65_HS1-834228961_62-HQ-83894_Section_9
Agency: FBI
Page 200
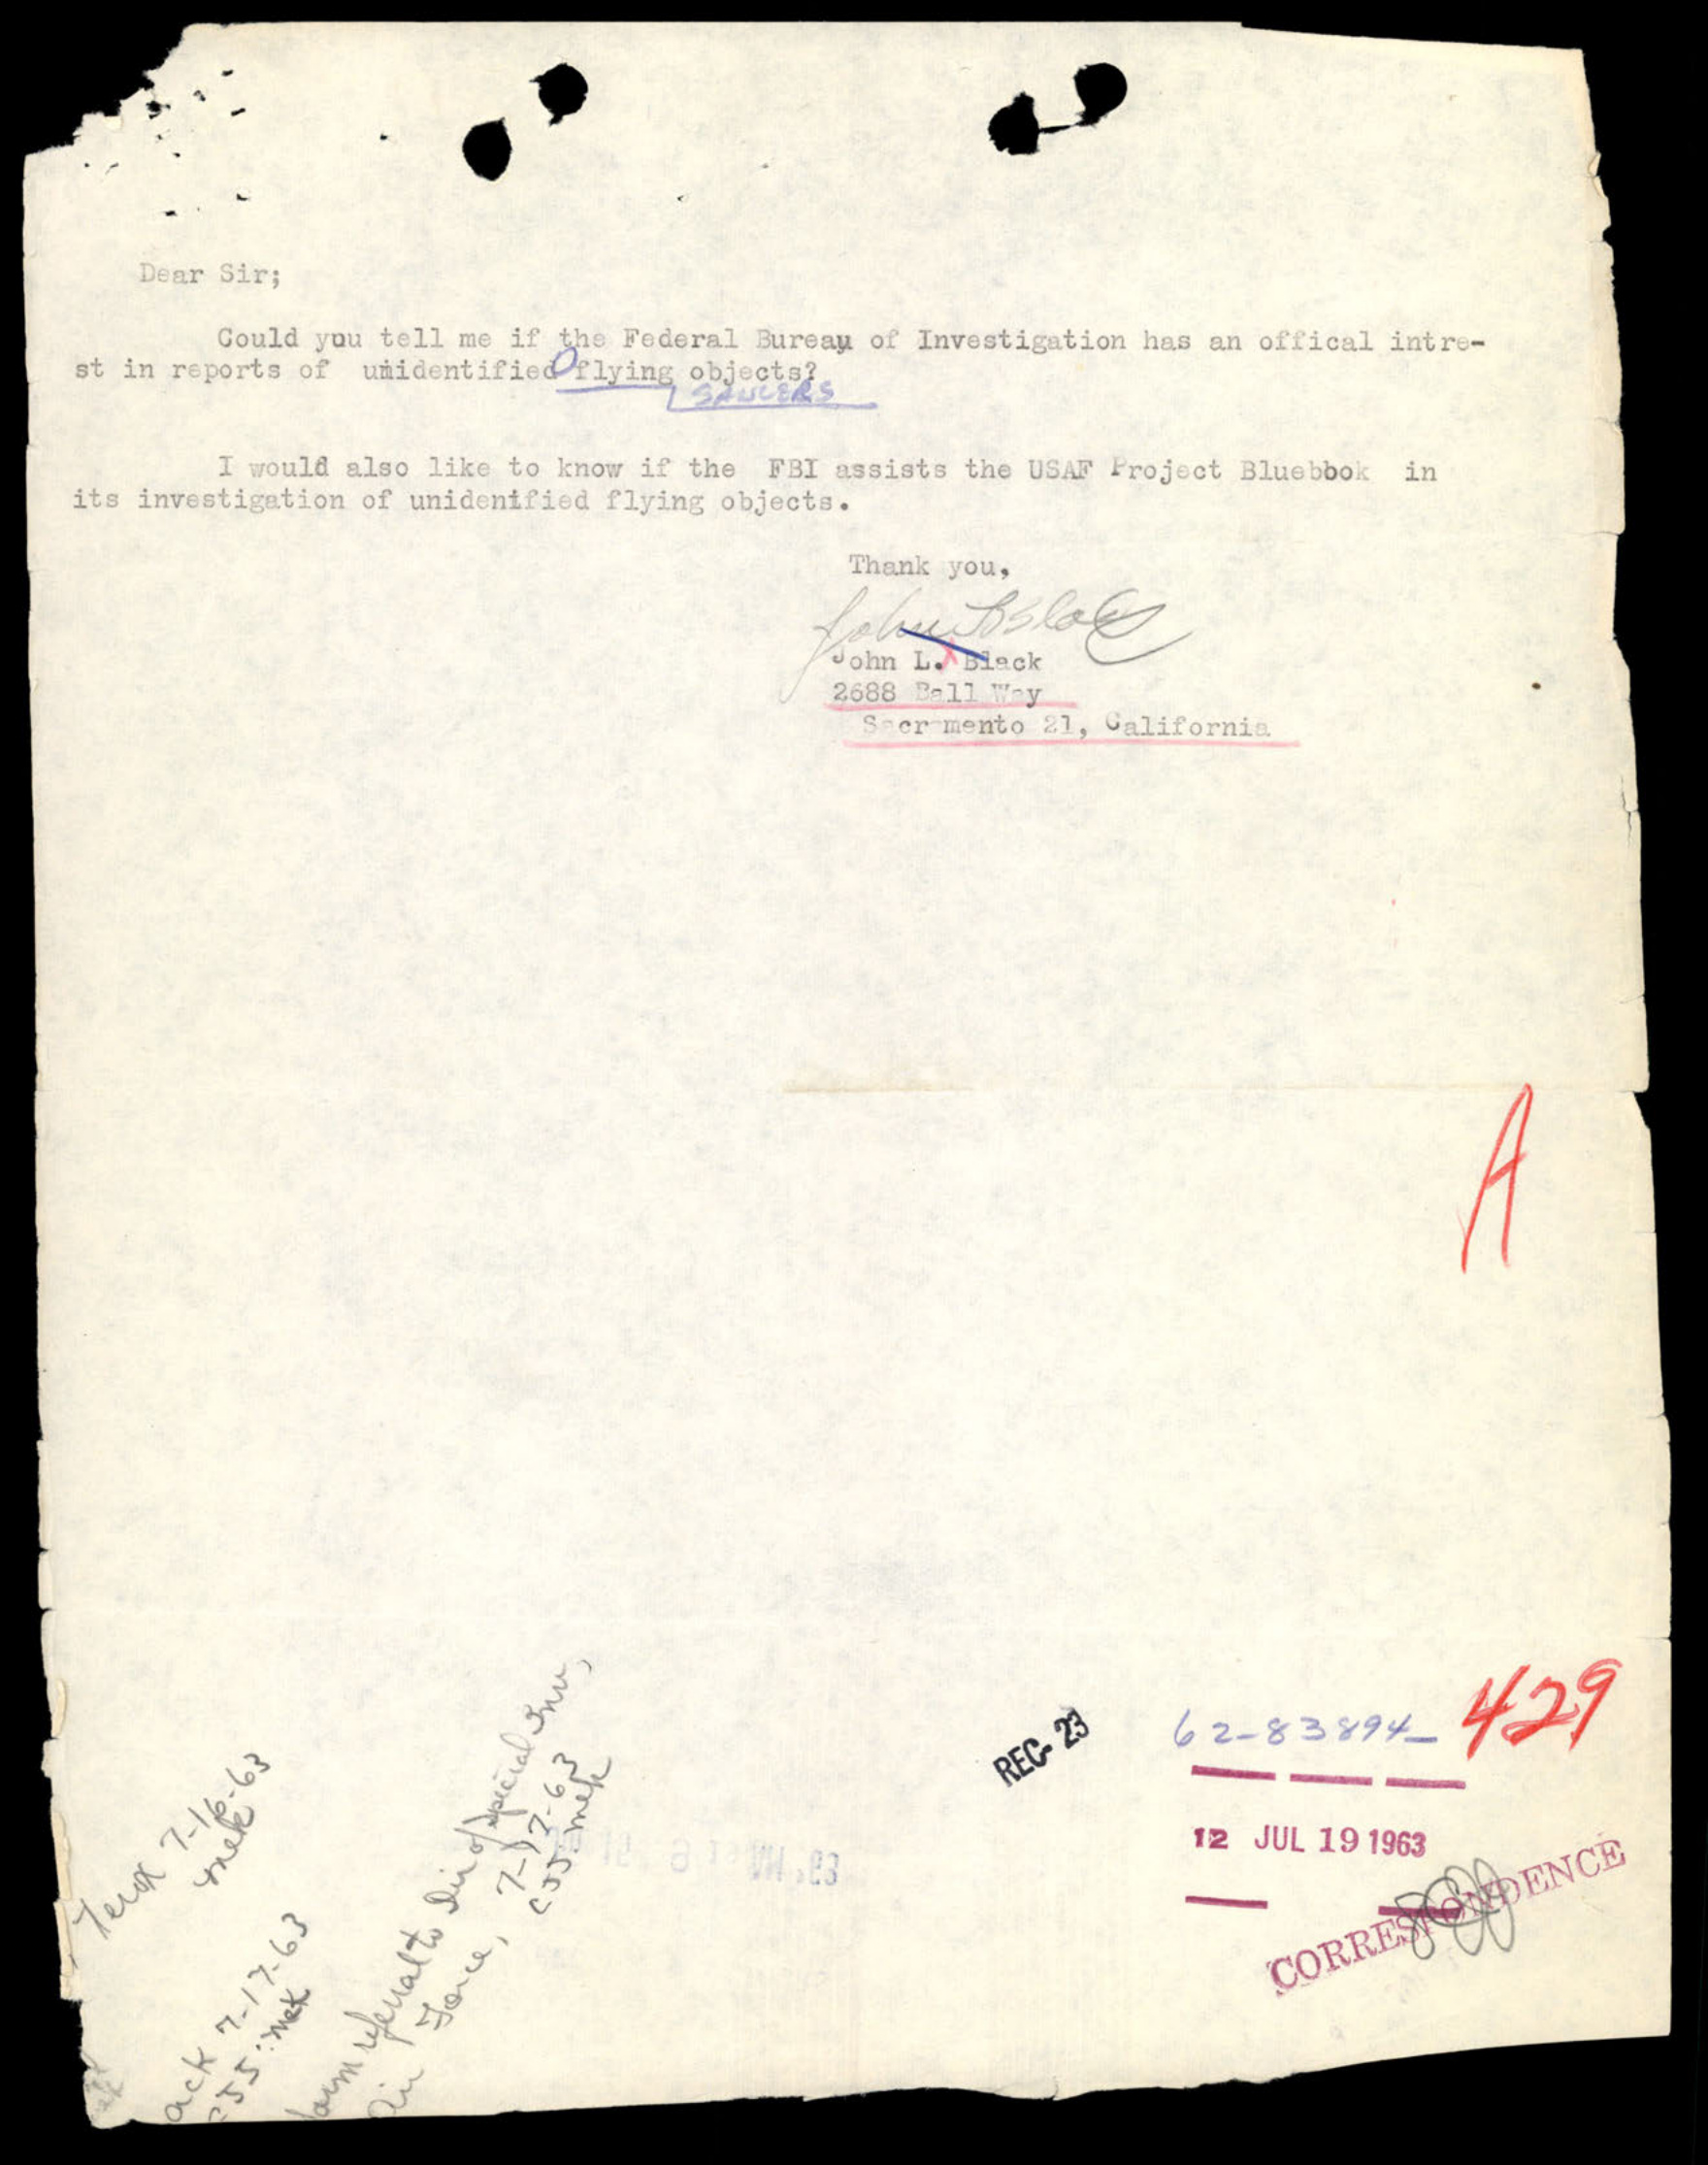